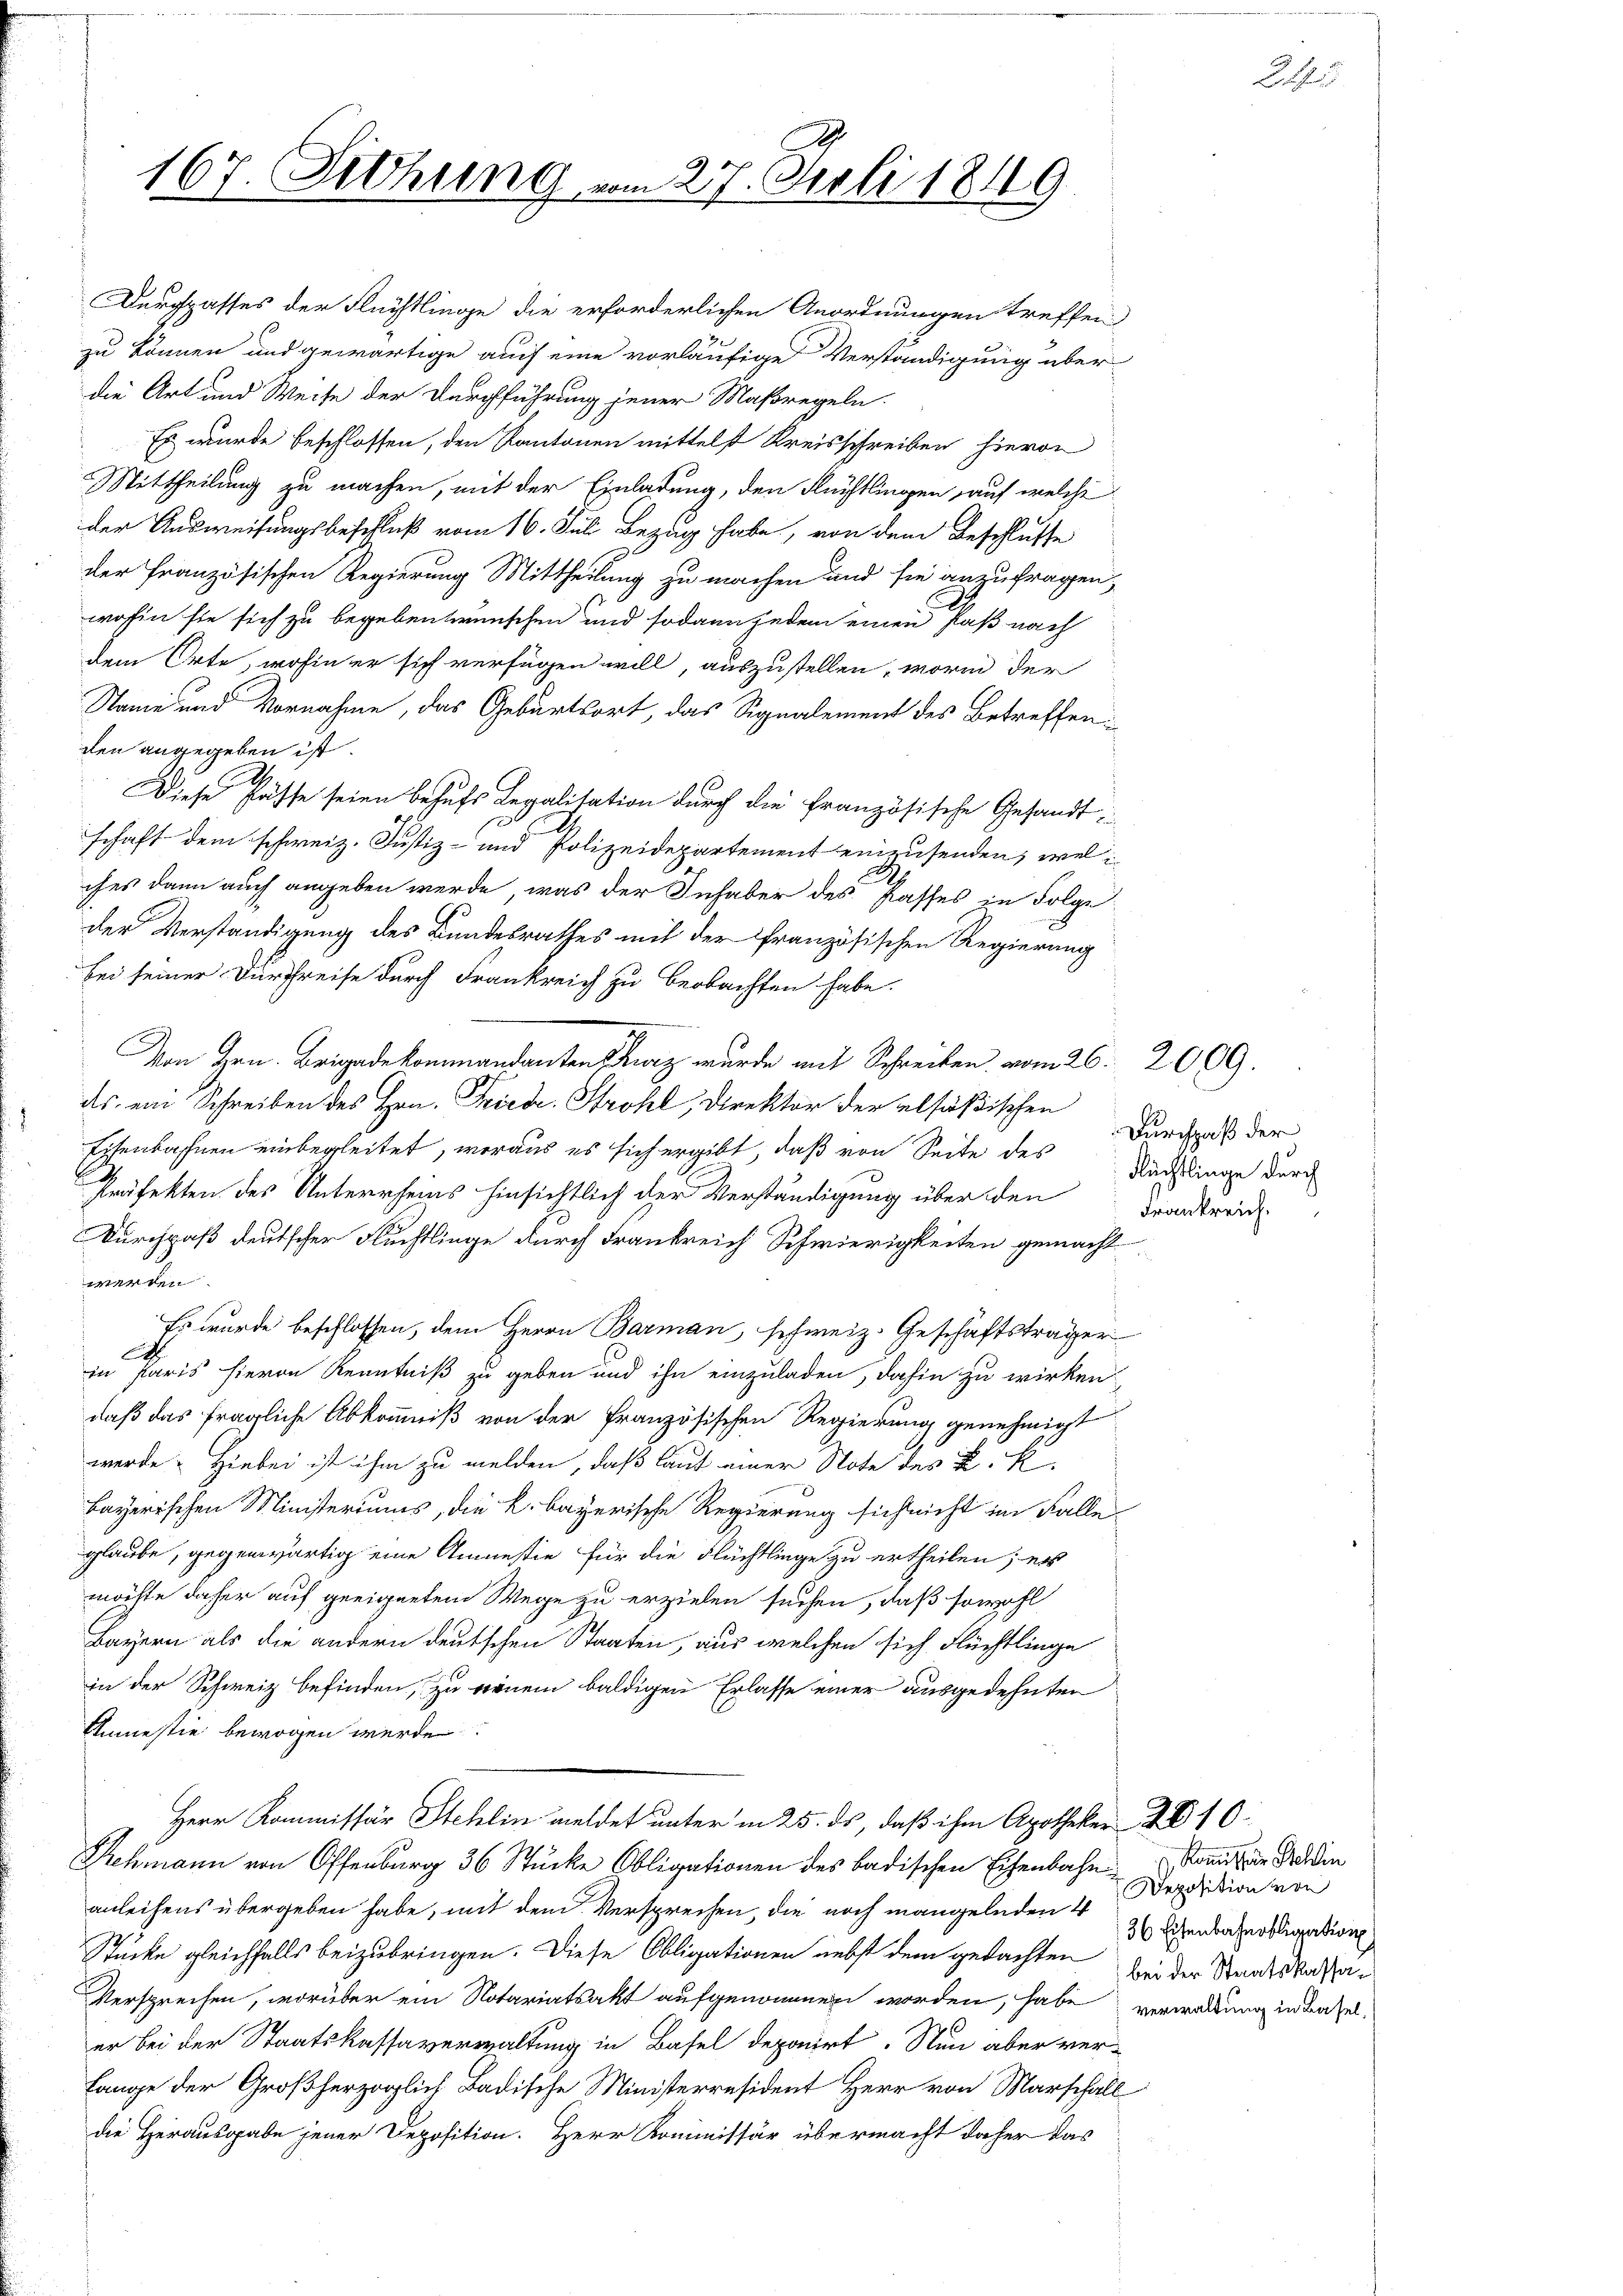
167 Sitzung.
.

dem Orte, wohin er sich verfügen will, auszustellen, worin der
Name und Vornahme, das Geburtsort, das Signalement des Betreffen:
den angegeben ist.
Diese Fässe seien behufs Legalitation durch die französische Gesandt
schaft dem schweiz. Justiz- und Polizeidepartement einzusenden, welches dann auch angeben werde, was der Inhaber des Kasses in Folge
der Verständigung des Bundesrathes mit der französischen Regierung
bei seiner Durchreise durch Frankreich zu beobachten habe.
Von Hrn. Brigade kommandanten Kurz wurde mit Schreiben vom 26. 2009.
ds ein Schreiben des Hrn. Friede Strohl, Direktor der elsößischen
Eisenbahnen einbegleitet, woraus es sich ergibt, daß von Seite des Durchpaß der
Präfekten des Unterreins hinsichtlich der Verständigung über den Frankreic
Durchpaß deutscher Flüchtlinge durch Frankreich Schwierigkeiten gemacht
werden.
Es wurde beschlossen, dem Herrn Barman, schweiz. Geschäftsträger
E
in Paris hieron Kenntniß zu geben und ihn einzuladen, dahin zu wirken
daß das fragliche Abkommniß von der Französischen Regierung genehmigt
werde. Hiebei ist ihm zu melden, daß laut einer Note des K. K
bayerischen Ministeriums, die k. bayerische Regierung sich nicht im Falle
glaube, gegenwärtig eine Amnestie für die Flüchtlinge zu ertheilen; es
möchte daher auf geeignetem Wege zu erzielen suchen, daß sowohl
Bayern als die andern deutschen Staaten, aus welchen sich Flüchtlinge
in der Schweiz befinden, zu einem baldigen Erlasse einer ausgedehnten
Amnestie bewogen werde
Herr Kommissär Stehlin meldet unter in 25. ds, daß ihm Apotheker 2010.
Rehmann von Offenburg 36 Stücke Obligationen des badischen Eisenbahn
anleihens übergeben habe, mit dem Versprechen, die noch mangelnden 4
Stücke gleichfalls beizubringen. Diese Obligationen nebst dem gedachten zu der Staatskassa¬
Versprechen, worüber ein Notariatsakt aufgenommen worden, habe verwaltung in Baseler bei der Staatskassaverwaltung in Basel deponirt. Nun aber ver¬
Lange der Großherzoglich Badische Ministerresident Herr von Marschall
die Herausgabe jener Deposition. Herr Kommissär übermacht daher das

Durchpasses der Flüchtlinge die erforderlichen Anordnungen treffen
zu können und gewärtige auch eine vorläufige Verständigung über
die Art und Weise der Durchführung jener Maßregeln.
Es wurde beschlossen, den Kantonen mittelst Kreisschreiben hievon
Mittheilung zu machen, mit der Einladung, den Flüchtlingen auf welche
der Ausweisungsbeschluß vom 16. Juli Bezug habe, von dem Beschlusse
der Französischen Regierung Mittheilung zu machen und sie anzufragen,
wohin sie sich zu begeben wünschen und sodann jedem einen Paß nach

27. Juli 1849

Flüchtlinge durch

Komithin Stellin
Deposition von
36 Eisenbahnobligation

A